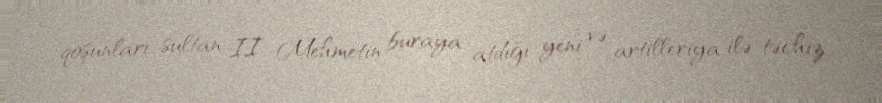
qoşunları sultan II Mehmetin buraya atdığı yeni və artilleriya ilə təchiz